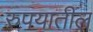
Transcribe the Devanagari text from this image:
रुपयातील